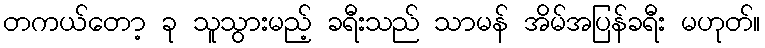
တကယ်တော့ ခု သူသွားမည့် ခရီးသည် သာမန် အိမ်အပြန်ခရီး မဟုတ်။